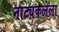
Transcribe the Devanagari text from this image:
नाट्यकलेला